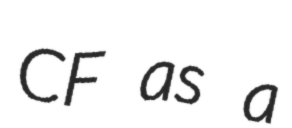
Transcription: CF as a